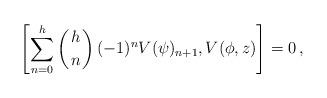
LaTeX: \begin{align*}\left[\sum_{n=0}^h\left({h\atop n}\right)(-1)^nV(\psi)_{n+1},V(\phi,z)\right]=0\,,\end{align*}